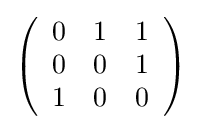
{\textstyle \left({\begin{array}{rrr}0&1&1\\0&0&1\\1&0&0\\\end{array}}\right)}